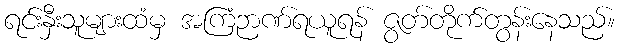
ရင်းနှီးသူများထံမှ အကြံဉာဏ်ရယူရန် ဇွတ်တိုက်တွန်းနေသည်။